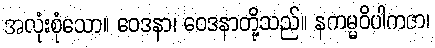
အလုံးစုံသော။ ဝေဒနာ၊ ဝေဒနာတို့သည်။ နကမ္မဝိပါကဇာ၊